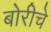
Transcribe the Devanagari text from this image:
बोरीचे